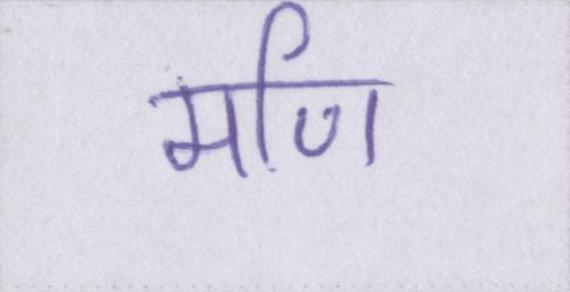
मणि